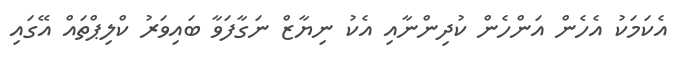
އެކަމަކު އެހެން އަންހެން ކުދިންނާއި އެކު ނިޔާޒް ނަގާފަވާ ބައިވަރު ކްލިޕްތައް އޭގައި